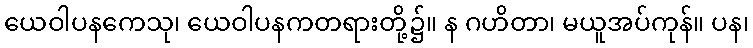
ယေဝါပနကေသု၊ ယေဝါပနကတရားတို့၌။ န ဂဟိတာ၊ မယူအပ်ကုန်။ ပန၊